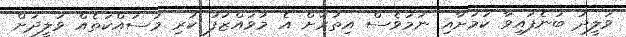
ވަލީދު ބުނެފައިވާ ކަމަށާއި ނަމަވެސް އިތުރަށް އެ މުވައްޒަފު ކުރި މަސައްކަތެއް ވަލީދަށް